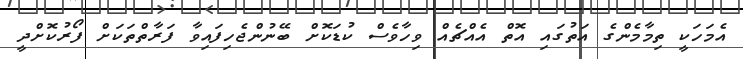
އެމަހަކީ ތިމާމެންގެ އަތުގައި އޮތް އެއްޗެއް ވިހާވެސް ކުޑަކޮށް ބޭނުންޖެހިފައިވާ ފަރާތްތަކަށް ފޯރުކޮށްދީ